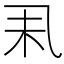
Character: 𠃥